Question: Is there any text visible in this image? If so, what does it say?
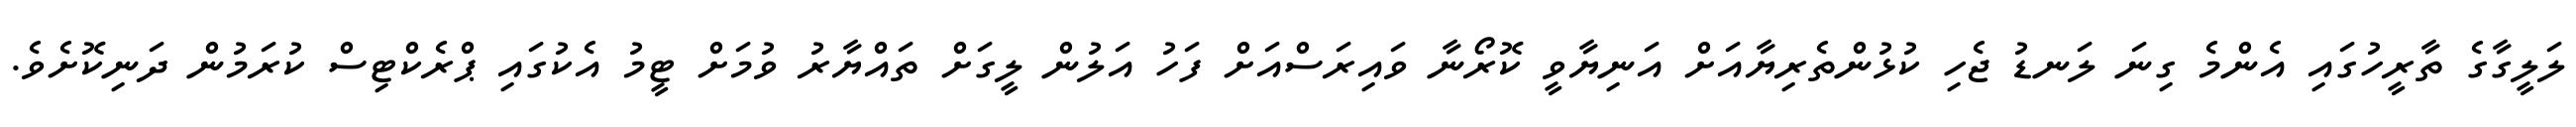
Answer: ލަލީގާގެ ތާރީހުގައި އެންމެ ގިނަ ލަނޑު ޖެހި ކުޅުންތެރިޔާއަށް އަނިޔާވީ ކޮރޯނާ ވައިރަސްއަށް ފަހު އަލުން ލީގަށް ތައްޔާރު ވުމަށް ޓީމު އެކުގައި ޕްރެކްޓިސް ކުރަމުން ދަނިކޮށެވެ.